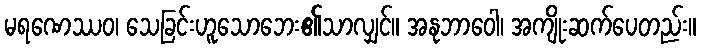
မရဏေဿဝ၊ သေခြင်းဟူသောဘေး၏သာလျှင်။ အနုဘာဝေါ၊ အကျိုးဆက်ပေတည်း။